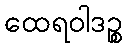
ထေရဝါဒဉ္စ